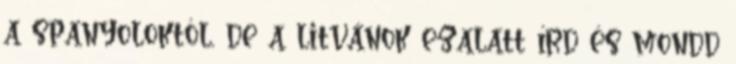
a spanyoloktól, de a litvánok ezalatt írd és mondd